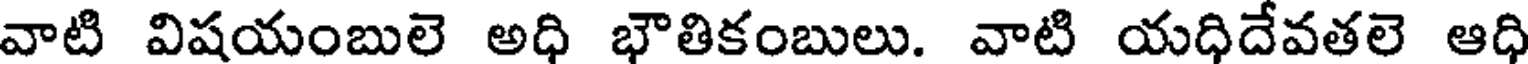
వాటి విషయంబులె అధి భౌతికంబులు. వాటి యధిదేవతలె ఆధి